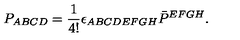
P _ { A B C D } = \frac { 1 } { 4 ! } \epsilon _ { A B C D E F G H } \bar { P } ^ { E F G H } .